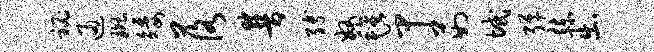
秘通斑矮落普缚奴毡甲茹域弹赫出